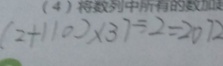
( 2 + 1 1 0 ) \times 3 7 \div 2 = 2 0 7 2